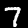
Digit: 7